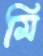
মি